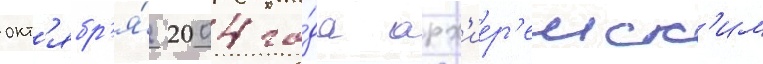
окт'ябр'я́ 2004 го́да арх'иер'еиск'им